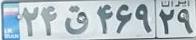
۲۴ق۴۶۹۲۹